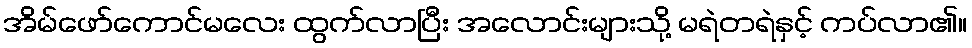
အိမ်ဖော်ကောင်မလေး ထွက်လာပြီး အလောင်းများသို့ မရဲတရဲနှင့် ကပ်လာ၏။